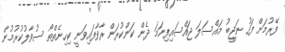
ފޭރުމަށް ފަހު ނަޖީބު މައްސަލަ ޖައްސައިފިނަމަ ދެން ކަންކުރަން ރާވާފައިވަނީ ކިހިނެތްތޯ ސުވާލުކުރުމުން